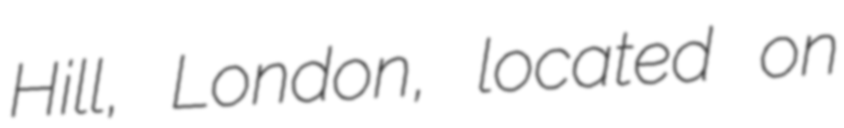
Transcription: Hill, London, located on